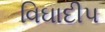
વિઘાદીપ